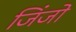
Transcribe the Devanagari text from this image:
जिंजो